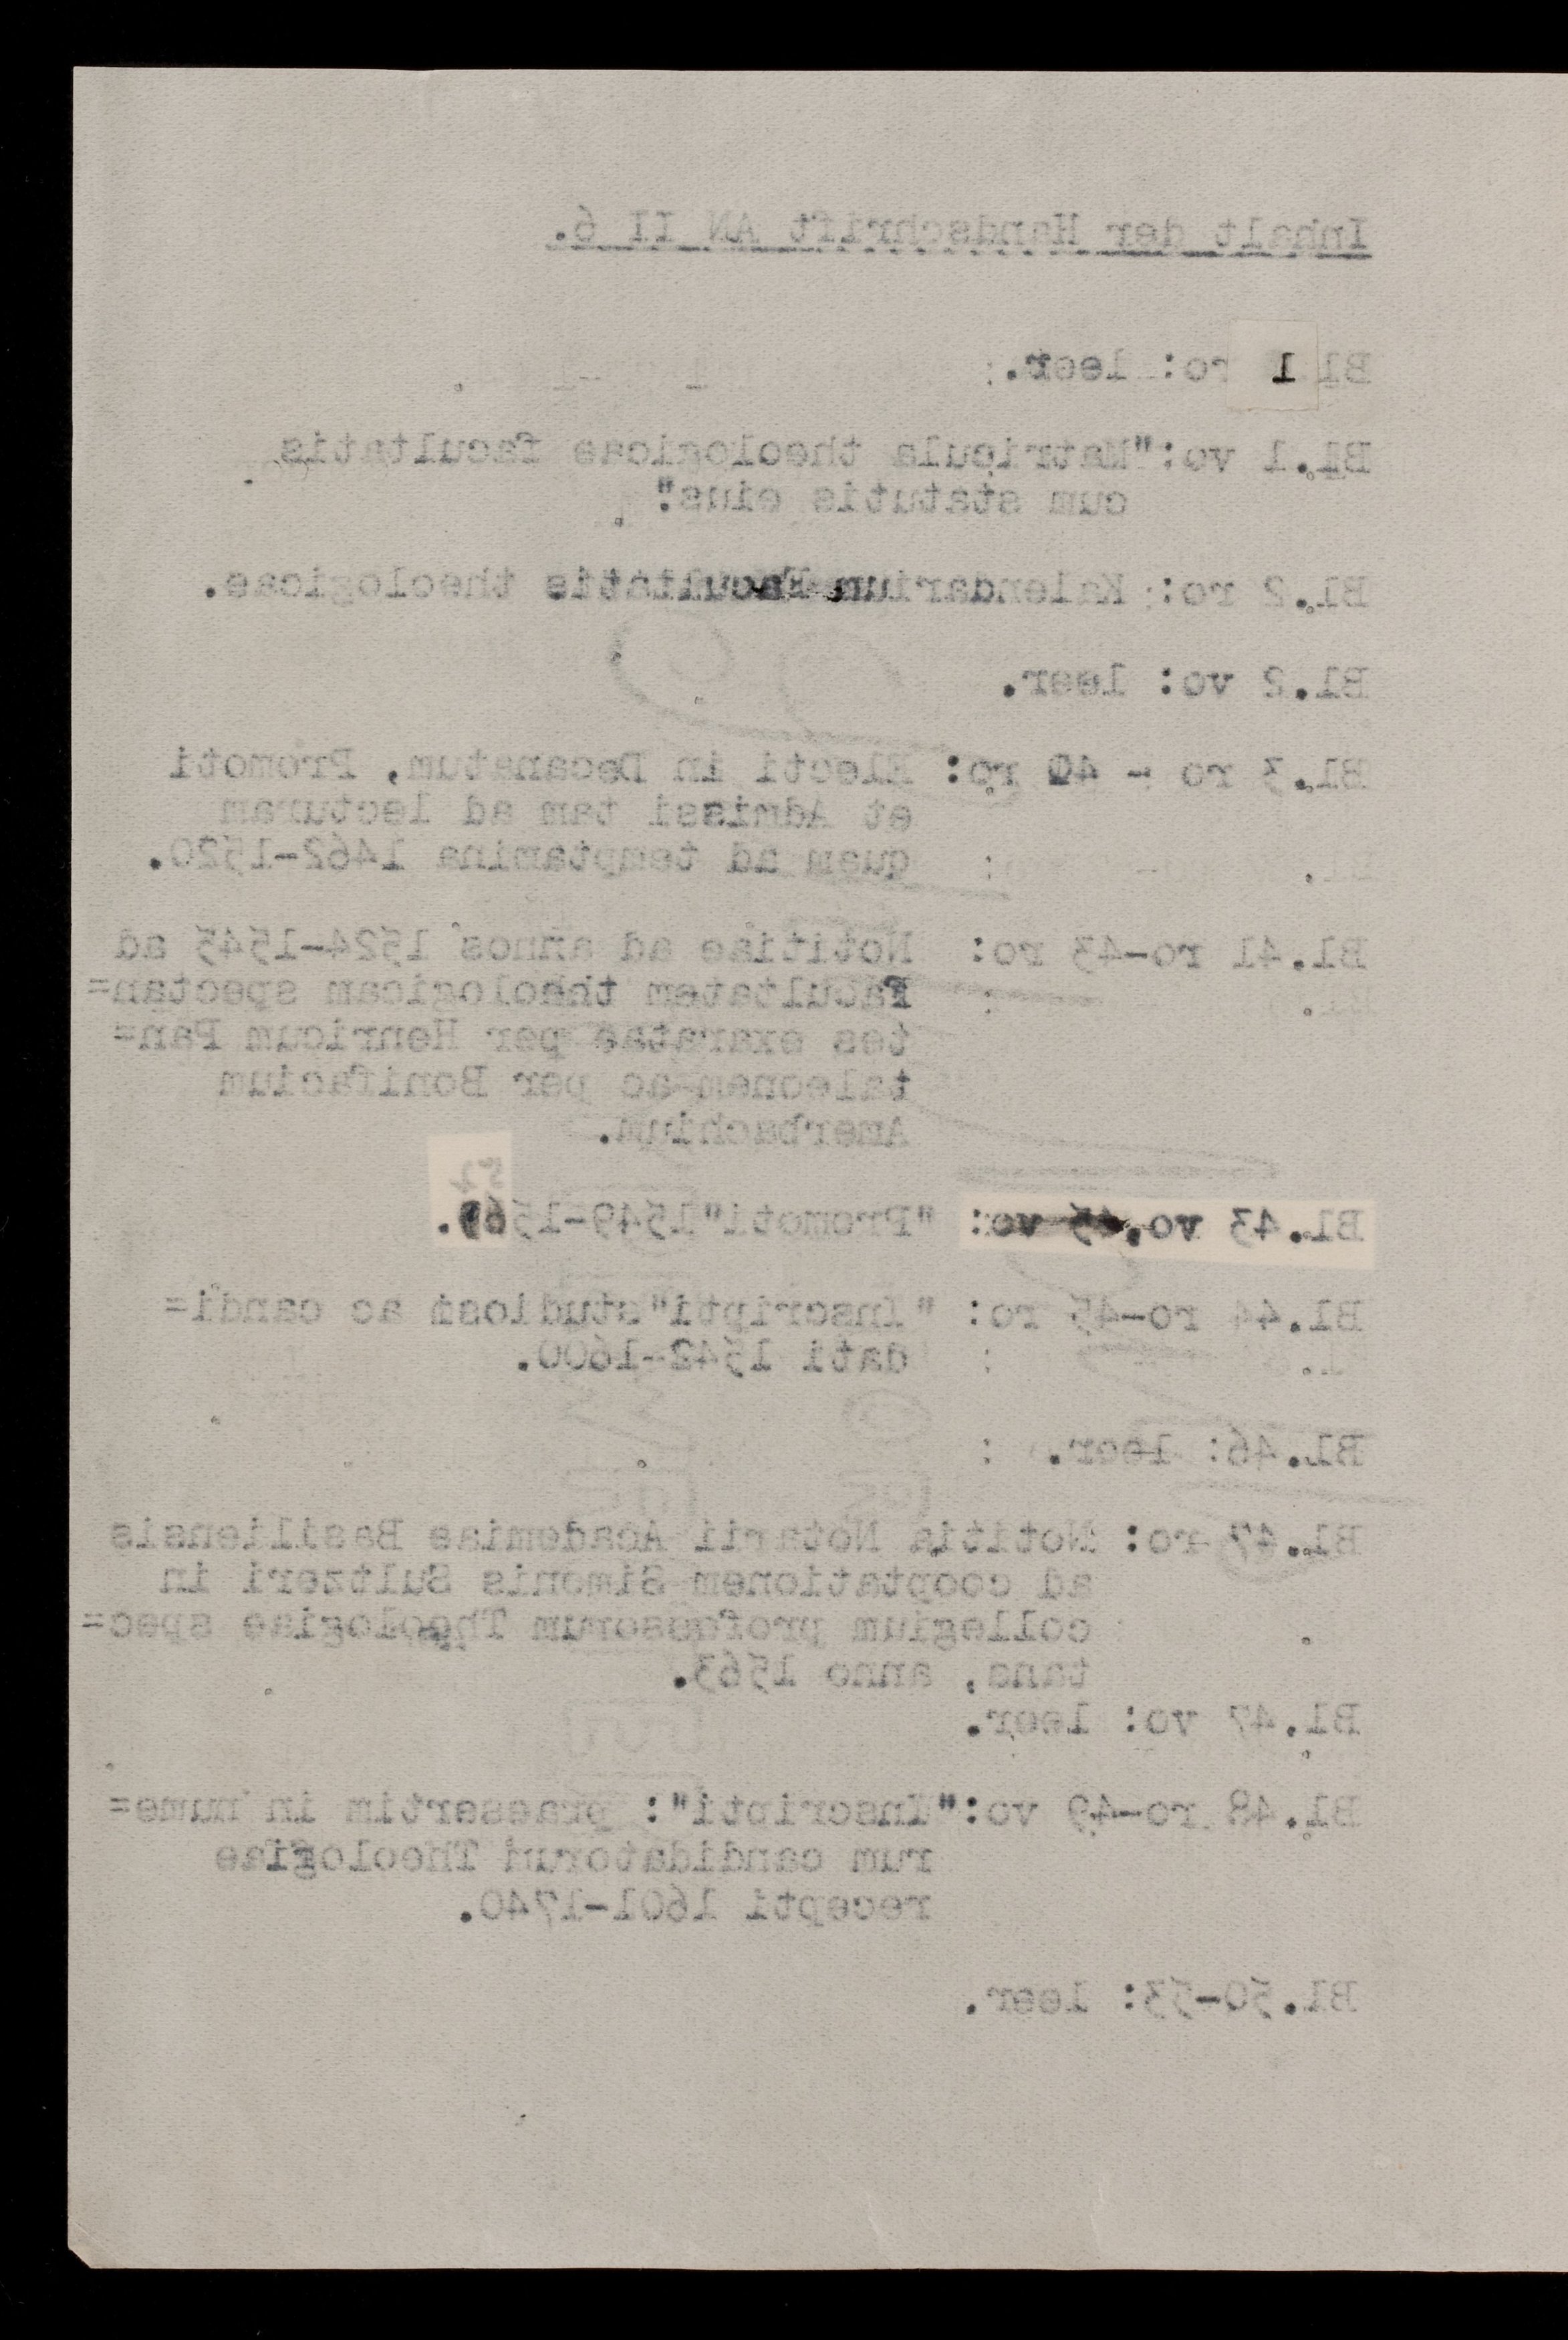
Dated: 1462–1740